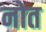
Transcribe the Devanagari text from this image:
नोत